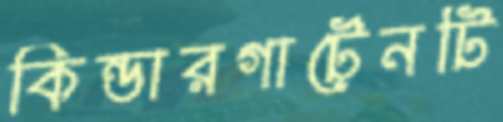
কিন্ডারগার্টেনটি